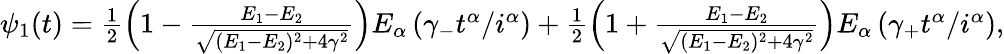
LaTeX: \begin{array}{r}{\psi_{1}(t)=\frac{1}{2}\left(1-\frac{E_{1}-E_{2}}{\sqrt{(E_{1}-E_{2})^{2}+4\gamma^{2}}}\right)E_{\alpha}\left(\gamma_{-}t^{\alpha}/i^{\alpha}\right)+\frac{1}{2}\left(1+\frac{E_{1}-E_{2}}{\sqrt{(E_{1}-E_{2})^{2}+4\gamma^{2}}}\right)E_{\alpha}\left(\gamma_{+}t^{\alpha}/i^{\alpha}\right),}\end{array}